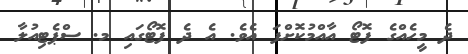
ދެ މީހެއްގެ ފޮޓޯ އާއްމުކޮށްފަ އެވެ. އެ ދެ ފޮޓޯގައި މ. ސްޕެޓިއުލާ